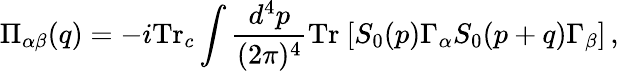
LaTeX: \Pi_{\alpha\beta}(q)=-i\mathrm{Tr}_{c}\int\frac{d^{4}p}{(2\pi)^{4}}\mathrm{Tr}~[S_{0}(p)\Gamma_{\alpha}S_{0}(p+q)\Gamma_{\beta}]\, ,